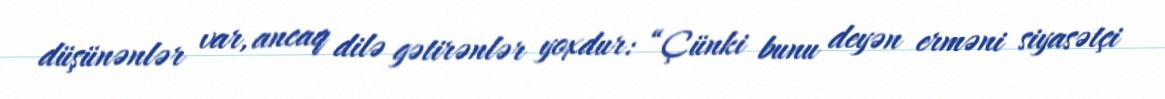
düşünənlər var, ancaq dilə gətirənlər yoxdur: “Çünki bunu deyən erməni siyasətçi